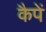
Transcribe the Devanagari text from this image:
कैपें